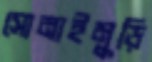
সোনাইমুড়ি